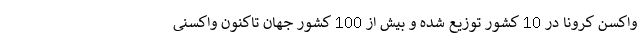
واکسن کرونا در 10 کشور توزیع شده و بیش از 100 کشور جهان تاکنون واکسنی